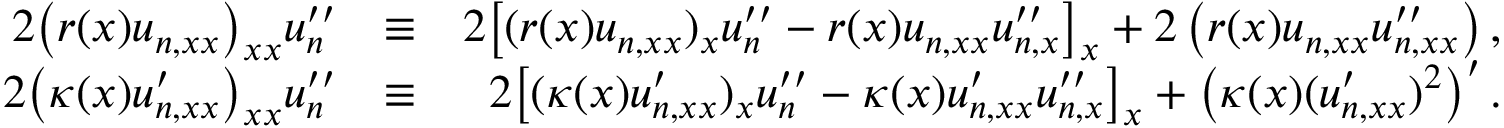
\begin{array} { r l r } { 2 \big ( r ( x ) u _ { n , x x } \big ) _ { x x } u _ { n } ^ { \prime \prime } } & { \equiv } & { 2 \big [ ( r ( x ) u _ { n , x x } ) _ { x } u _ { n } ^ { \prime \prime } - r ( x ) u _ { n , x x } u _ { n , x } ^ { \prime \prime } \big ] _ { x } + 2 \left( r ( x ) u _ { n , x x } u _ { n , x x } ^ { \prime \prime } \right) , } \\ { 2 \big ( \kappa ( x ) u _ { n , x x } ^ { \prime } \big ) _ { x x } u _ { n } ^ { \prime \prime } } & { \equiv } & { 2 \big [ ( \kappa ( x ) u _ { n , x x } ^ { \prime } ) _ { x } u _ { n } ^ { \prime \prime } - \kappa ( x ) u _ { n , x x } ^ { \prime } u _ { n , x } ^ { \prime \prime } \big ] _ { x } + \left( \kappa ( x ) ( u _ { n , x x } ^ { \prime } ) ^ { 2 } \right) ^ { \prime } . } \end{array}